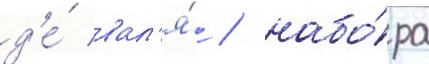
д'е́ вал'я́ / набо́ра